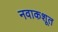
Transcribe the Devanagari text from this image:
नवाकशूत